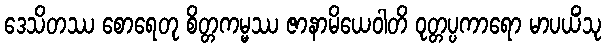
ဒေသိတဿ စောရေတု စိတ္တကမ္မဿ ဇာနာမိယေဝါတိ ဝုတ္တပ္ပကာရော မာပယိံသု